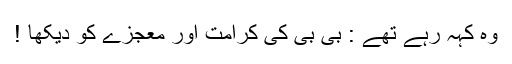
وہ کہہ رہے تھے : بی بی کی کرامت اور معجزے کو دیکھا !